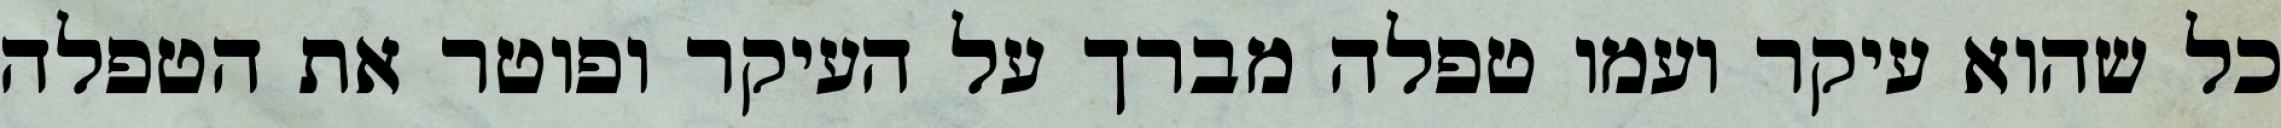
כל שהוא עיקר ועמו טפלה מברך על העיקר ופוטר את הטפלה